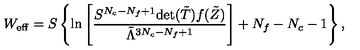
W _ { \mathrm { e f f } } = S \left\{ \ln \left[ \frac { S ^ { N _ { c } - N _ { f } + 1 } \mathrm { d e t } ( { \tilde { T } } ) f ( { \tilde { Z } } ) } { { \tilde { \Lambda } } ^ { 3 N _ { c } - N _ { f } + 1 } } \right] + N _ { f } - N _ { c } - 1 \right\} ,